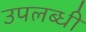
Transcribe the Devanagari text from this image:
उपलब्‍धी